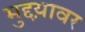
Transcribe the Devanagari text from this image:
मुद्दय़ावर